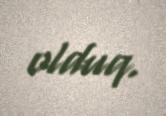
olduq.